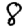
Digit: 8